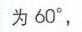
为\(60^{\circ}\)，